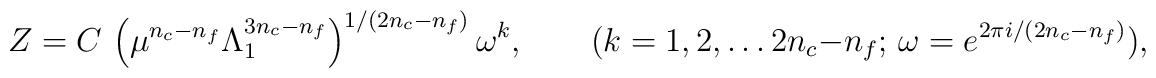
Z=  C \, \left(\mu^{n_c-n_f} \Lambda_{1}^{3n_{c}-n_{f}}  \right)^{1/ (2 n_c- n_f)} \omega^{k},   \qquad  (k=1,2, \ldots   2 n_c- n_f; \, \omega=e^{2\pi i  /(2 n_c- n_f)}),